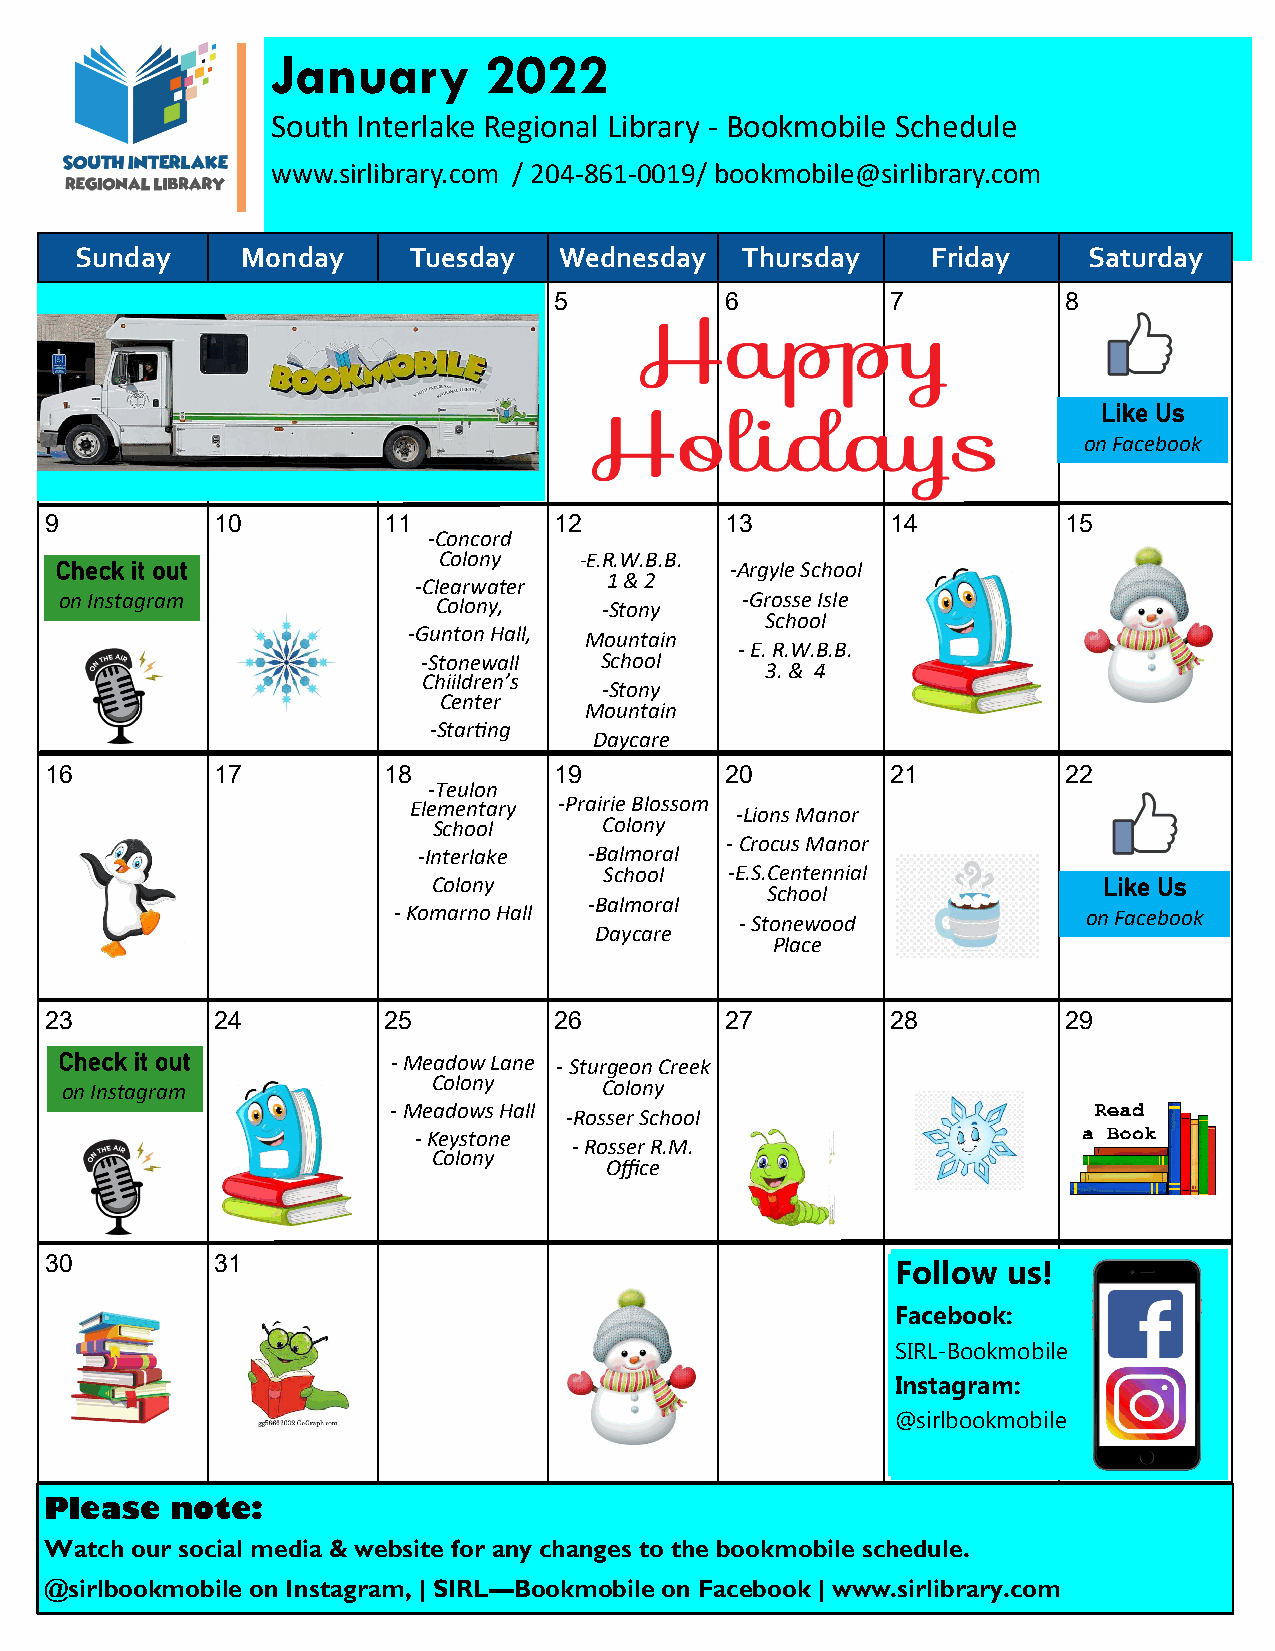
January       2022
 South Interlake Regional Library - Bookmobile Schedule
 www.sirlibrary.com / 204-861-0019/ bookmobile@sirlibrary.com
 Sunday     Monday     Tuesday   Wednesday   Thursday     Friday    Saturday
 2          3          4           5          6          7           8
 Like Us
 on Facebook
 9          10         11          12         13         14          15
 -Concord
 Colony   -E.R.W.B.B.
 Check it out                                -Argyle School
 -Clearwater  1 & 2
 on Instagram             Colony,    -Stony   -Grosse Isle
 School
 -Gunton Hall, Mountain
 - E. R.W.B.B.
 -Stonewall  School
 3. & 4
 Chiildren’s
 -Stony
 Center
 Mountain
 -Starting
 Daycare
 16         17         18          19         20         21          22
 -Teulon
 Elementary -Prairie Blossom -Lions Manor
 School     Colony
 - Crocus Manor
 -Interlake -Balmoral
 School  -E.S.Centennial
 Colony                                      Like Us
 School
 -Balmoral
 - Komarno Hall         - Stonewood            on Facebook
 Daycare
 Place
 23         24         25          26         27         28          29
 Check it out          - Meadow Lane - Sturgeon Creek
 on Instagram             Colony     Colony
 - Meadows Hall
 -Rosser School
 - Keystone
 - Rosser R.M.
 Colony
 Office
 30         31                                           Follow  us!
 Facebook:
 SIRL-Bookmobile
 Instagram:
 @sirlbookmobile
 Please  note:
 Watch our social media & website for any changes to the bookmobile schedule.
 @sirlbookmobile on Instagram, | SIRL—Bookmobile on Facebook | www.sirlibrary.com